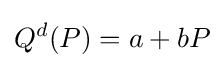
Q^{d}(P)=a+bP